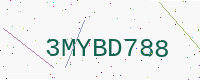
Text: 3MYBD788